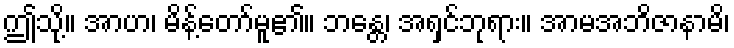
ဤသို့။ အာဟ၊ မိန့်တော်မူ၏။ ဘန္တေ၊ အရှင်ဘုရား။ အာမအဘိဇာနာမိ၊